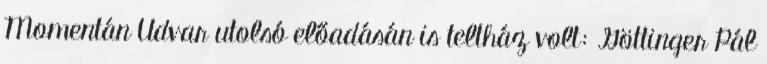
Momentán Udvar utolsó előadásán is teltház volt: Göttinger Pál